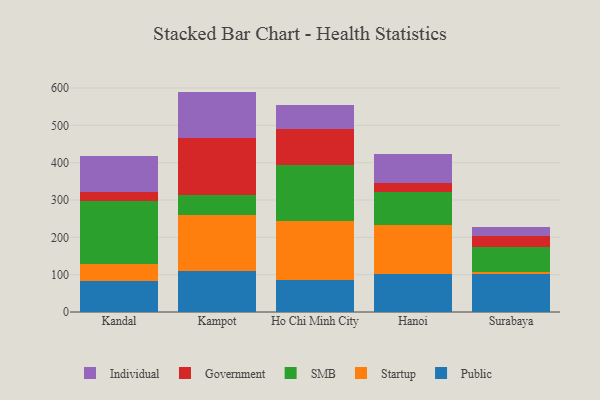
{"axis": {"x": "City", "y": "Bounce Rate (%)"}, "legend": ["Government", "Individual", "Public", "SMB", "Startup"], "data": [{"x": "Kandal", "y": 83.4, "type": "Public"}, {"x": "Kandal", "y": 45.8, "type": "Startup"}, {"x": "Kandal", "y": 169.5, "type": "SMB"}, {"x": "Kandal", "y": 21.5, "type": "Government"}, {"x": "Kandal", "y": 98.5, "type": "Individual"}, {"x": "Kampot", "y": 109.1, "type": "Public"}, {"x": "Kampot", "y": 150.5, "type": "Startup"}, {"x": "Kampot", "y": 54.5, "type": "SMB"}, {"x": "Kampot", "y": 153.2, "type": "Government"}, {"x": "Kampot", "y": 123.2, "type": "Individual"}, {"x": "Ho Chi Minh City", "y": 86.6, "type": "Public"}, {"x": "Ho Chi Minh City", "y": 156.6, "type": "Startup"}, {"x": "Ho Chi Minh City", "y": 150.9, "type": "SMB"}, {"x": "Ho Chi Minh City", "y": 94.9, "type": "Government"}, {"x": "Ho Chi Minh City", "y": 64.7, "type": "Individual"}, {"x": "Hanoi", "y": 101.1, "type": "Public"}, {"x": "Hanoi", "y": 131.8, "type": "Startup"}, {"x": "Hanoi", "y": 88.3, "type": "SMB"}, {"x": "Hanoi", "y": 25.2, "type": "Government"}, {"x": "Hanoi", "y": 77.9, "type": "Individual"}, {"x": "Surabaya", "y": 101.5, "type": "Public"}, {"x": "Surabaya", "y": 6.9, "type": "Startup"}, {"x": "Surabaya", "y": 64.6, "type": "SMB"}, {"x": "Surabaya", "y": 30.9, "type": "Government"}, {"x": "Surabaya", "y": 24.4, "type": "Individual"}]}